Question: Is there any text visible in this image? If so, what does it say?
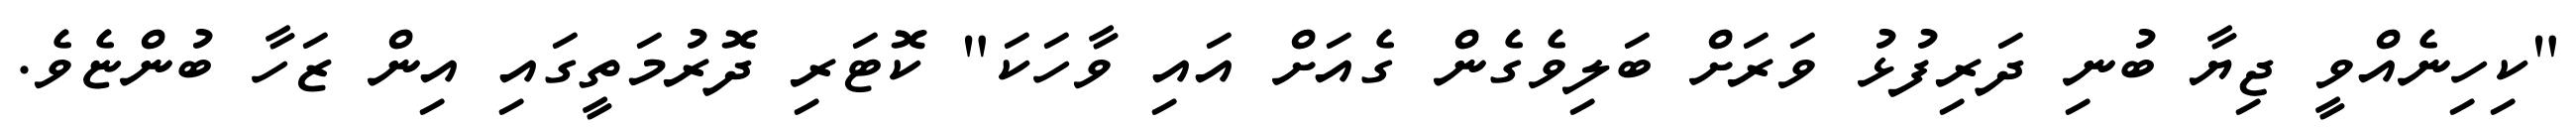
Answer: "ކިހިނެއްވީ ޖިޔާ ބުނި ދަރިފުޅު ވަރަށް ބަލިވެގެން ގެއަށް އައި ވާހަކަ" ކޮޓަރި ދޮރުމަތީގައި އިން ޒަހާ ބުންޏެވެ.